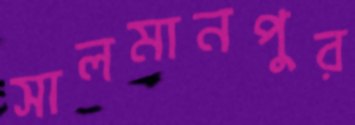
সালমানপুর